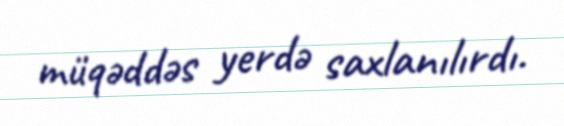
müqəddəs yerdə saxlanılırdı.